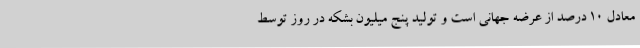
معادل 10 درصد از عرضه جهانی است و تولید پنج میلیون بشکه در روز توسط